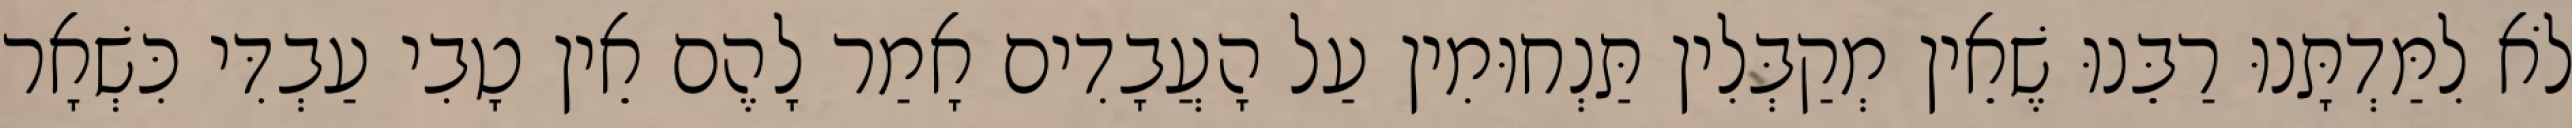
לֹא לִמַּדְתָּנוּ רַבֵּנוּ שֶׁאֵין מְקַבְּלִין תַּנְחוּמִין עַל הָעֲבָדִים אָמַר לָהֶם אֵין טָבִי עַבְדִּי כִּשְׁאָר